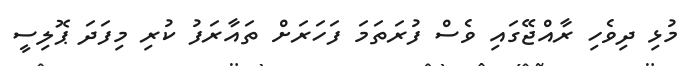
މުޅި ދިވެހި ރާއްޖޭގައި ވެސް ފުރަތަމަ ފަހަރަށް ތައާރަފު ކުރި މިފަދަ ޕޮލިސީ